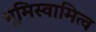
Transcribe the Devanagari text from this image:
भूमिस्वामित्व